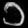
Digit: ၁